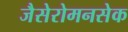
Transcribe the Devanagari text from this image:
जैसेरोमनसेक